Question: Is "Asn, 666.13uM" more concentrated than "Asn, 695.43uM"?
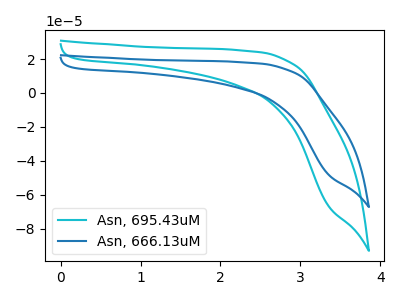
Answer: <think>The cyan curve "Asn, 695.43uM" has no peaks. The blue curve "Asn, 666.13uM" has no peaks.
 Neither "Asn, 666.13uM" or "Asn, 695.43uM" have any peaks.</think>
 <answer>I cant tell if "Asn, 666.13uM" or "Asn, 695.43uM" has higher concentration.</answer>
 <eval>mixed_concentration</eval>